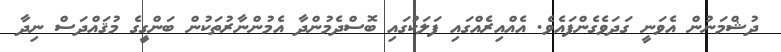
ދުޝްމަނުން އެވަނީ ގަދަވެގެންފައެވެ. އެއްއިރެއްގައި ފަލަކުގައި ބޮސްދެމުންދާ އެމުންނާރުތަކުން ބަންގިިިީގެ މުޤައްދަސް ނިދާ